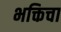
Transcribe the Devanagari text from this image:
भक्तिचा